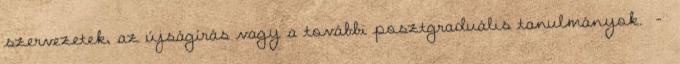
szervezetek, az újságírás vagy a további posztgraduális tanulmányok. -